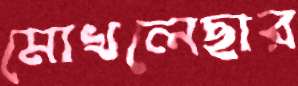
মোখলেছার